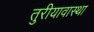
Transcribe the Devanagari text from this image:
तुरीयावास्था